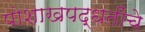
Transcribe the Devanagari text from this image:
पोशाखपद्धतींचे